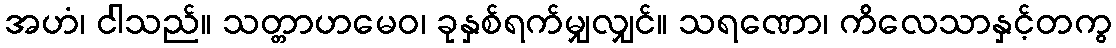
အဟံ၊ ငါသည်။ သတ္တာဟမေဝ၊ ခုနှစ်ရက်မျှလျှင်။ သရဏော၊ ကိလေသာနှင့်တကွ